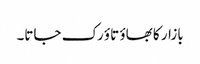
بازار کا بھاؤ تاؤ رک جاتا۔